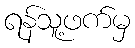
ရန်သူ့ဖက်မှ